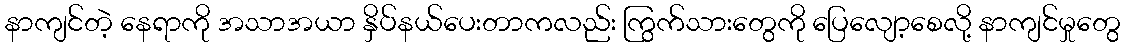
နာကျင်တဲ့ နေရာကို အသာအယာ နှိပ်နယ်ပေးတာကလည်း ကြွက်သားတွေကို ပြေလျော့စေလို့ နာကျင်မှုတွေ